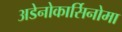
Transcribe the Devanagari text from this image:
अडेनोकार्सिनोमा